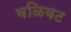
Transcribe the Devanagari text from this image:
वळिवट